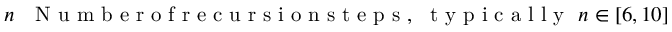
n ~ ~ \mathrm { ~ N ~ u ~ m ~ b ~ e ~ r ~ o ~ f ~ r ~ e ~ c ~ u ~ r ~ s ~ i ~ o ~ n ~ s ~ t ~ e ~ p ~ s ~ } , ~ \mathrm { ~ t ~ y ~ p ~ i ~ c ~ a ~ l ~ l ~ y ~ } ~ n \in [ 6 , 1 0 ]